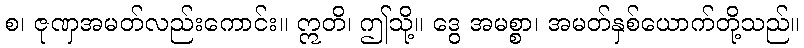
စ၊ ဇုဏှအမတ်လည်းကောင်း။ ဣတိ၊ ဤသို့။ ဒွေ အမစ္စာ၊ အမတ်နှစ်ယောက်တို့သည်။